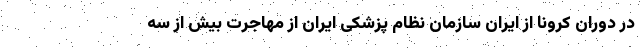
در دوران کرونا از ایران سازمان نظام پزشکی ایران از مهاجرت بیش از سه